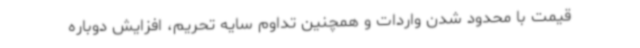
قیمت با محدود شدن واردات و همچنین تداوم سایه تحریم، افزایش دوباره